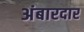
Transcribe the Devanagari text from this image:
अंबारदार